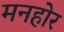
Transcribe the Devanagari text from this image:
मनहोर